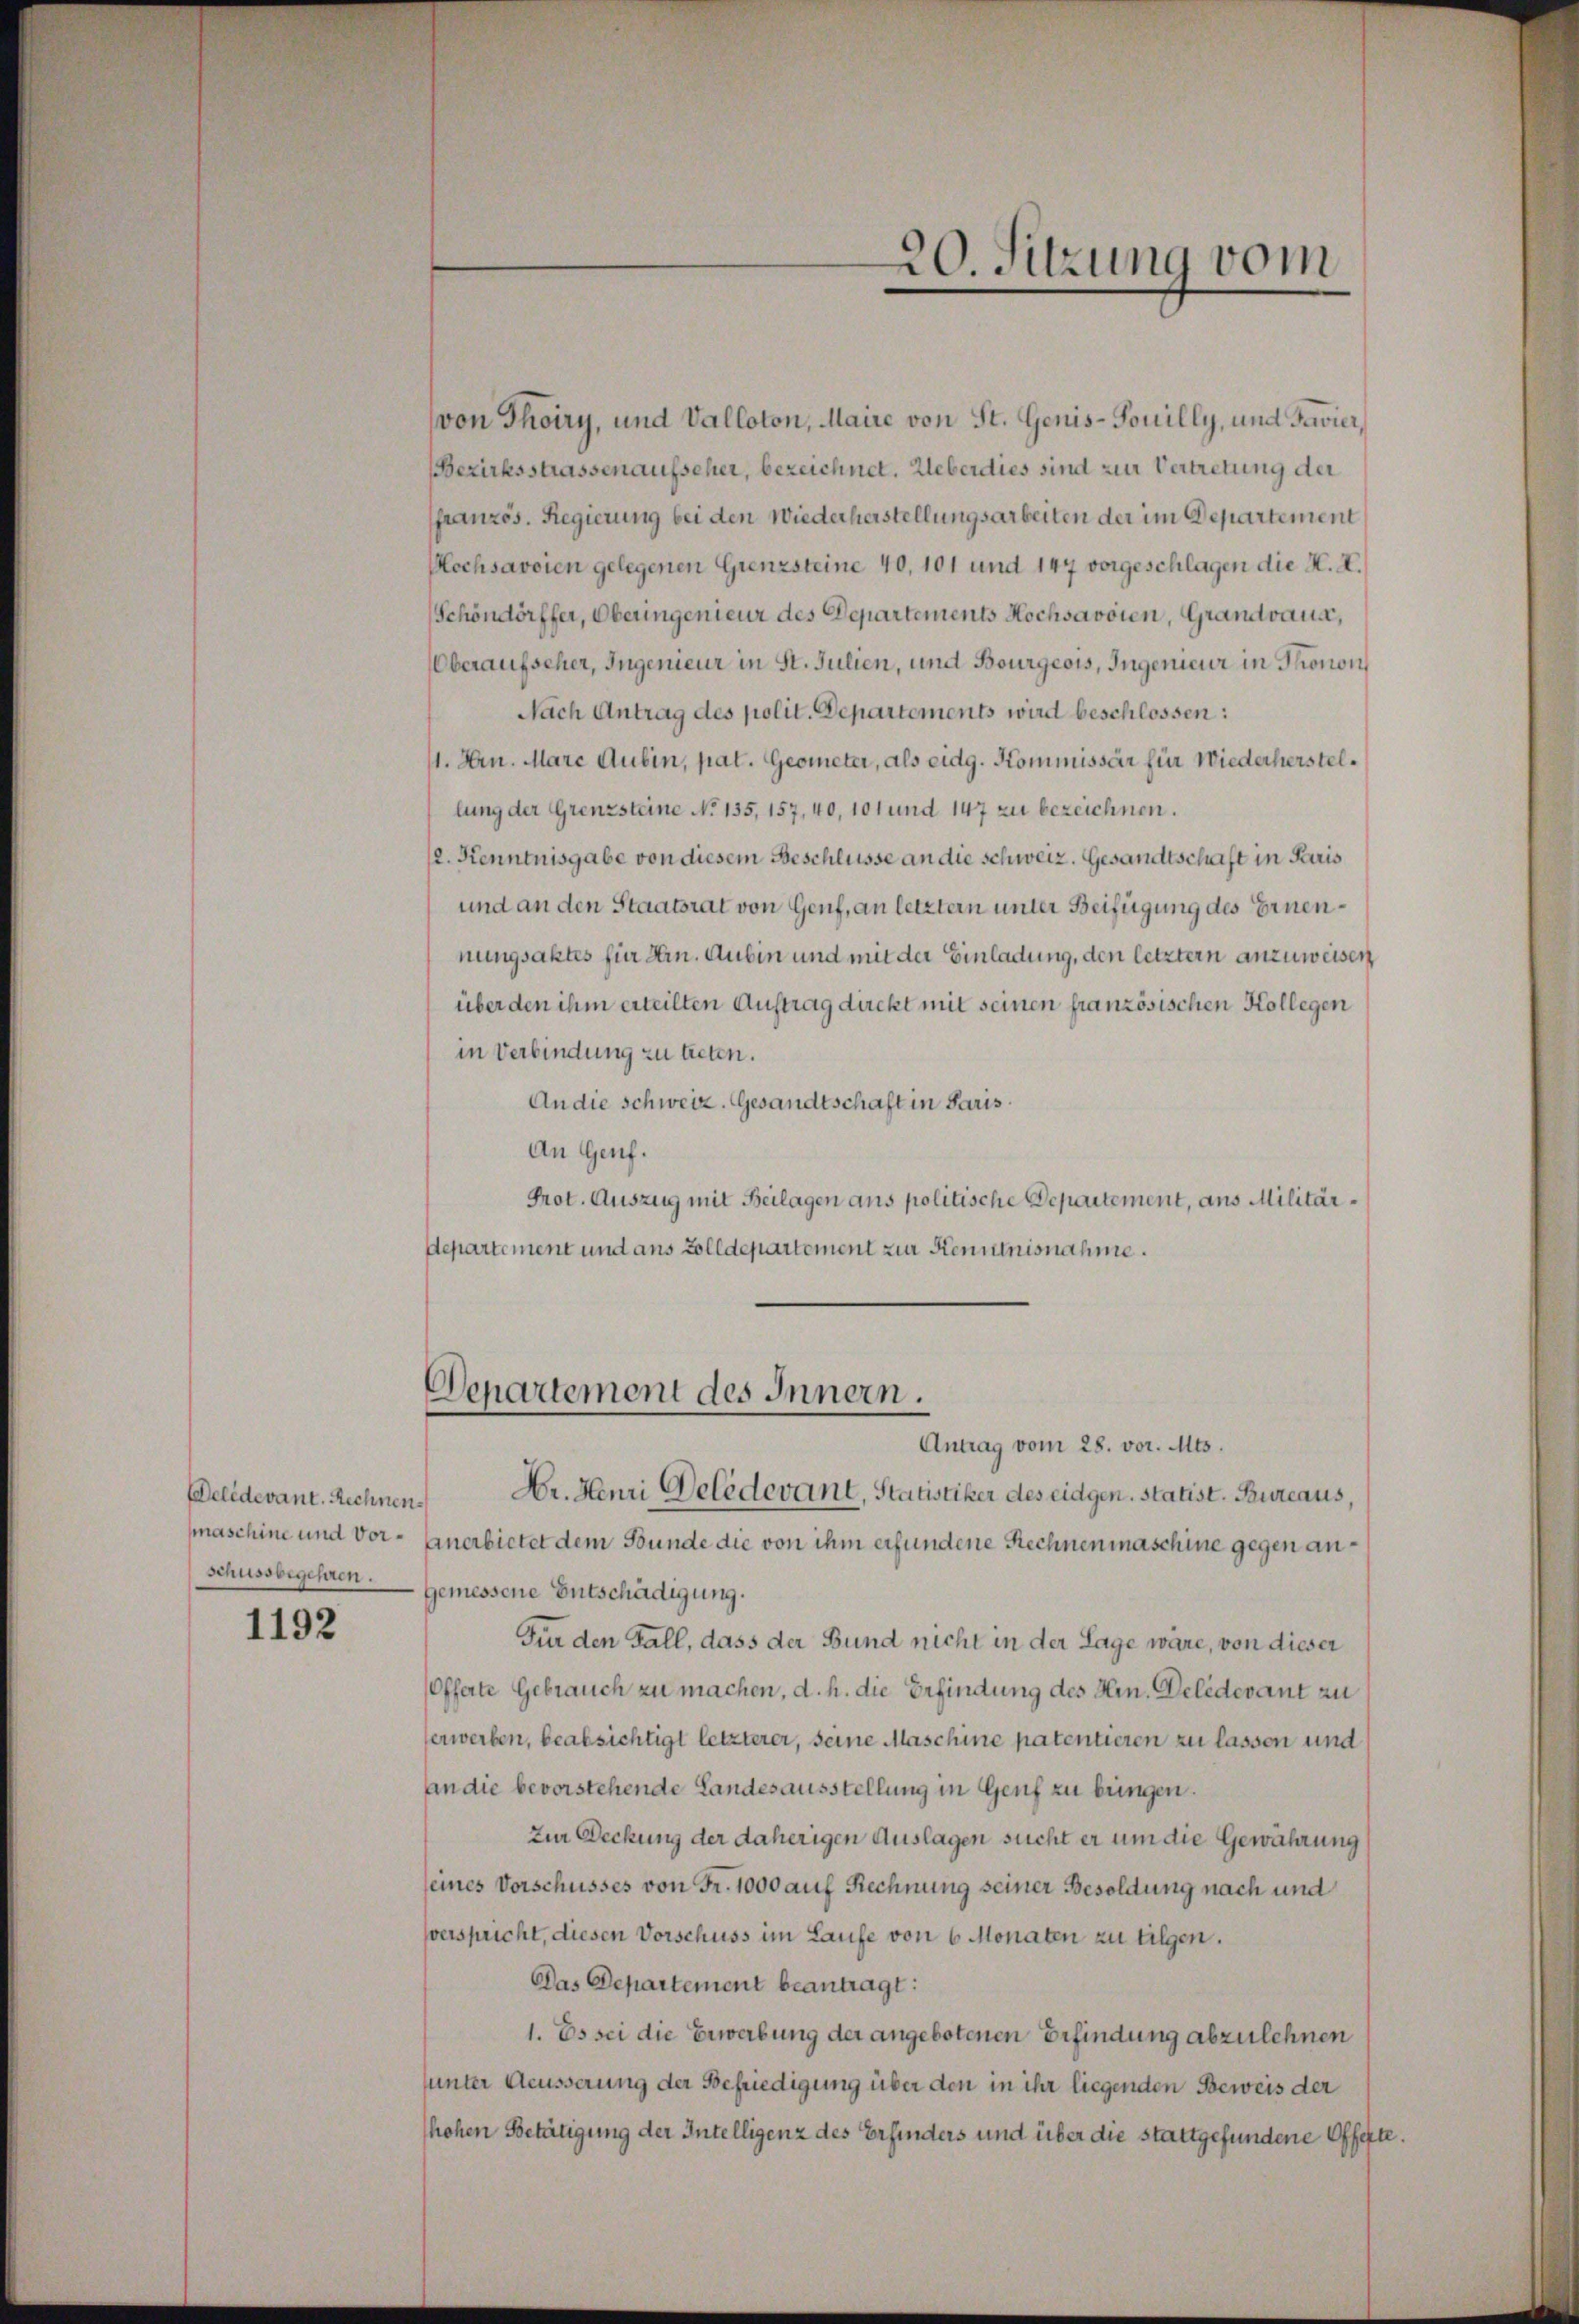
eledevant. Rechnen
schussbegehren.

1192

von Thoiry, und Valloton, Maire von St. Genis-Souilly, und Favier,
Bezirksstrassen aufseher, bezeichnet. Ueberdies sind zur Vertretung der
ffranzös. Regierung bei den Wiederherstellungsarbeiten der im Departement
Mochsavoien gelegenen Grenzsteine 40, 101 und 147 vorgeschlagen die K. A.
Schöndörffer, Oberingenieur des Departements Hochsavoien, Grandvana,
Oberaufscher, Ingenieur in St. Julien, und Bourgeois, Ingenieur in Thonon
Nach Antrag des polit. Departements wird beschlossen:
11. Hrn. Marc dubin, pat. Geometer, als eidg. Kommissär für Wiederherstellung der Grenzsteine No 135, 157, 40, 101 und 147 zu bezeichnen.
12. Kenntnisgabe von diesem Beschlüsse an die schweiz. Gesandtschaft in Paris
und an den Staatsrat von Genf, an letztern unter Beifügung des Ernennungsaktes für Hrn. Aubin und mit der Einladung, den letztern anzuweisen
über den ihm erteilten Auftrag direkt mit seinen französischen Kollegen
in Verbindung zu treten.
An die Schweiz. Gesandtschaft in Paris.
An Genf.
Prot. Auszug mit Beilagen ans politische Departement, aus Militärdepartement und aus Zolldepartement zur Kenntnisnahme.

Departement des Innern.

Antrag vom 28. vor. Mts.
Dr. Henri Delédevant, Statistiker des eidgen. Statist. Bureaus,
maschine und vor- Einerbietet dem Bunde die von ihm erfundene Rechnenmaschine gegen angemessene Entschädigung.
Für den Fall, dass der Bund nicht in der Lage wäre, von dieser
(Offerte Gebrauch zu machen, d. h. die Erfindung des Hrn. Deledevant zu
serwerben, beabsichtigt letzterer, seine Maschine patentieren zu lassen und
An die bevorstehende Landesausstellung in Genf zu bringen.
Zur Deckung der daherigen Auslagen sucht er um die Gewährung
seines Vorschusses von Fr. 1000 auf Rechnung seiner Besoldung nach und
verspricht, diesen Vorschuss im Laufe von 6 Monaten zu tilgen.
Das Departement beantragt:
1. Es sei die Erwerbung der angebotenen Erfindung abzulehnen
sunter Aeusserung der Befriedigung über den in ihr liegenden Beweis der
hohen Betätigung der Intelligenz des Erfinders und über die stattgefundene Offekte.

20. Sitzung vom